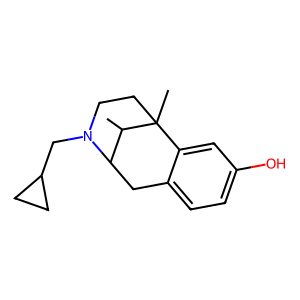
SMILES: CC1C2Cc3ccc(O)cc3C1(C)CCN2CC1CC1
Inhibits HIV replication: No